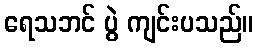
ရေသဘင် ပွဲ ကျင်းပသည်။